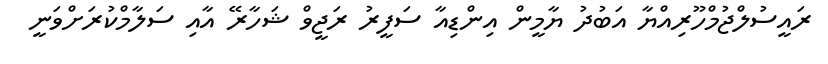
ރައީސުލްޖުމްހޫރިއްޔާ އަބުދު ޔާމީން އިންޑިއާ ސަފީރު ރަޖީވް ޝަހާރޭ އާއި ސަލާމްކުރަށްވަނީ